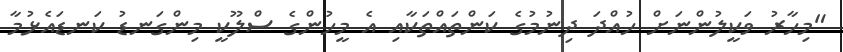
"މިހާރު ވަކީލުންނަށް ހުއްދަ ދިނުމުގެ ކަންތައްތަކާއި އެ މީހުންގެ ސްލޫކީ މިންގަނޑު ކަނޑައެޅުމާ